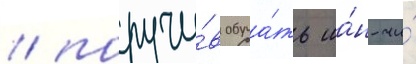
/ поручи́в обуча́ть ша́н-чи́